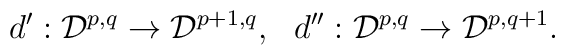
d^\prime : {\cal D}^{p,q} \rightarrow  {\cal D}^{p+1,q}, \ \  d^{\prime \prime} : {\cal D}^{p,q} \rightarrow  {\cal D}^{p,q+1}.